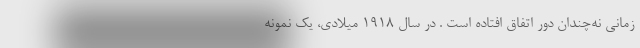
زمانی نه‌چندان دور اتفاق افتاده است . در سال 1918 میلادی، یک نمونه